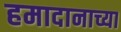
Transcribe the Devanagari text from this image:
हमादानाच्या